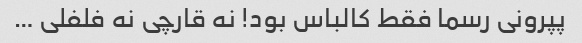
پپرونی رسما فقط کالباس بود! نه قارچی نه فلفلی …